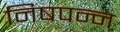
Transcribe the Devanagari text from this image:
निषपन्न